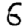
Digit: 6